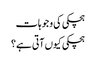
ہچکی کی وجوہات
ہچکی کیوں آتی ہے؟